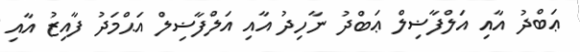
ޢަބްދު އާއި އަލްފާޟިލް ޢަބްދު ނާހިދު އާއި އަލްފާޟިލް އަޙްމަދު ފާއިޒު އާއި